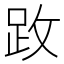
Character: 𫏂